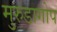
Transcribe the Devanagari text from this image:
मुरुडागोप